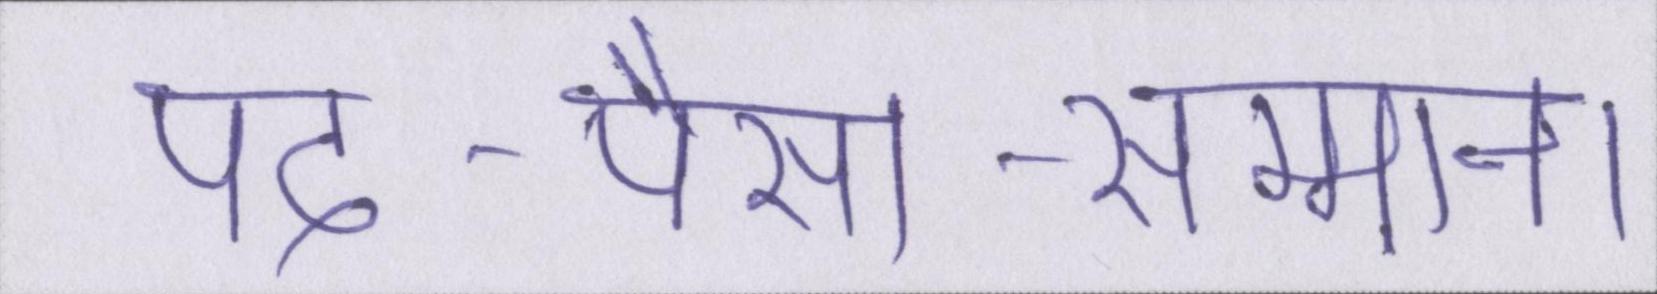
पद-पैसा-सम्मान।